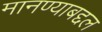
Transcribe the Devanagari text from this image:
मानण्याबद्दल